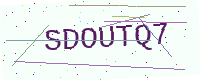
Text: SDOUTQ7